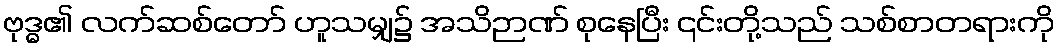
ဗုဒ္ဓ၏ လက်ဆစ်တော် ဟူသမျှ၌ အသိဉာဏ် စုနေပြီး ၎င်းတို့သည် သစ်စာတရားကို